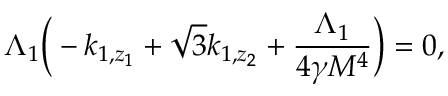
\Lambda _ { 1 } \bigg ( - k _ { 1 , z _ { 1 } } + \sqrt { 3 } k _ { 1 , z _ { 2 } } + \frac { \Lambda _ { 1 } } { 4 \gamma M ^ { 4 } } \bigg ) = 0 ,